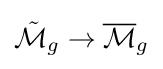
{\tilde {\mathcal {M}}}_{g}\to {\overline {\mathcal {M}}}_{g}